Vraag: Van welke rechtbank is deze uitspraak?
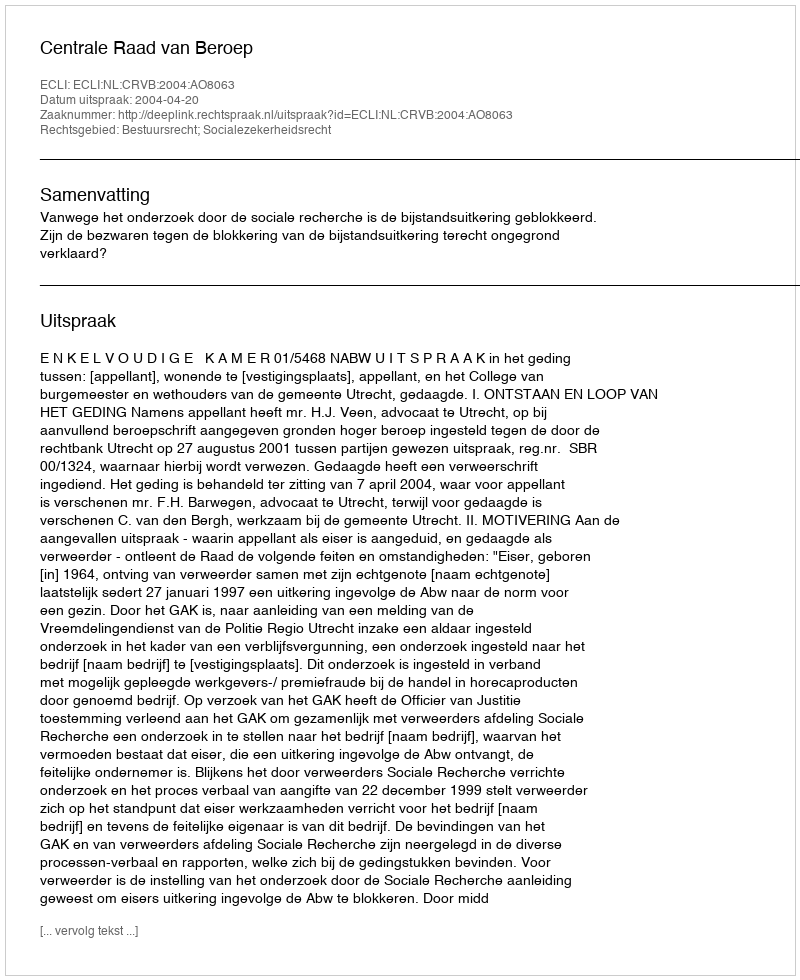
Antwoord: Centrale Raad van Beroep